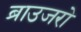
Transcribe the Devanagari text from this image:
ब्राउजरो